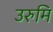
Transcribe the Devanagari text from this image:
उरुमि